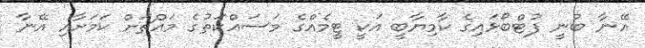
އޭނާ ބުނީ ފުޓްބޯޅައިގެ ކާމިޔާބީ އަކީ ޓީމެއްގެ މަސައްކަތުގެ މައްޗަށް ކަމަށާއި އޭނާ